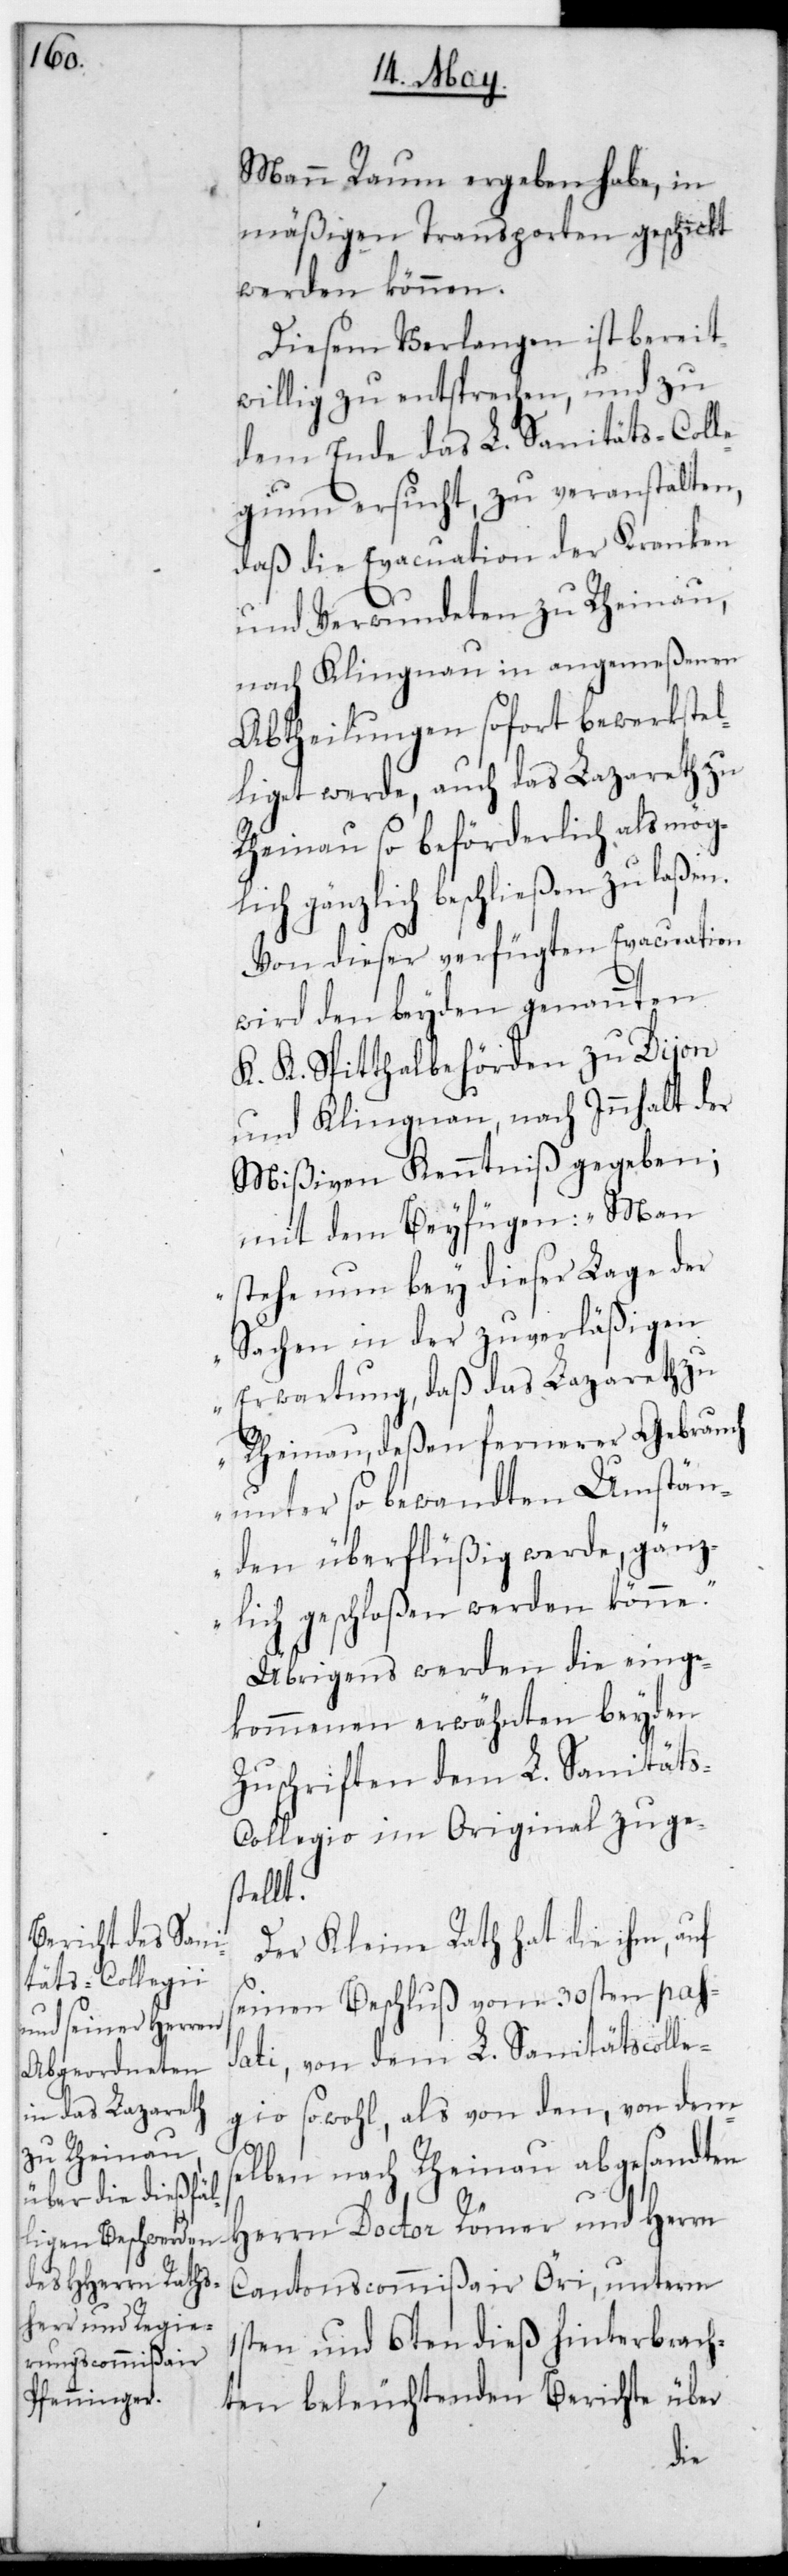
Mann Raum ergeben habe, in
mäßigen Transporten geschickt
werden können.
Diesem Verlangen ist bereit¬
willig zu entsprechen, und zu
dem Ende das L. Sanitäts-Coll¬
egium ersucht, zu veranstalten,
daß die Evacuation der Kranken
und Verwundeten zu Rheinau,
nach Klingnau in angemeßenen
Abtheilungen sofort bewerkstel¬
liget werde, auch das Lazareth zu
Rheinau so beförderlich als mög¬
lich gänzlich beschließen zu laßen.
Von dieser verfügten Evacuation
wird den beyden genannten
K. K. Spitthalbehörden zu Dijon
und Klingnau, nach Inhalt der
Mißiven Kenntniß gegeben;
mit dem Beyfügen: „Man
stehe nun bey dieser Lage der
Sachen in der zuverläßigen
Erwartung, daß das Lazareth zu
Rheinau, deßen fernerer Gebrauch
unter so bewandten Umstän¬
den überflüßig werde, gänz¬
lich geschloßen werden könne.“
Übrigens werden die einge¬
kommenen erwähnten beyden
Zuschriften dem L. Sanität¬
s-Collegio im Original zuge¬
stellt.
Der Kleine Rath hat die ihm, auf
seinen Beschluß vom 30sten pass¬
ati, von dem L. Sanitäts-Col¬
legio sowohl, als von den, von dems¬
elben nach Rheinau abgesandten
Herrn Doctor Römer und Herrn
Cantonscommißair Öri, unterm
1sten und 6ten dieß hinterbrach¬
ten beleuchtenden Berichte über